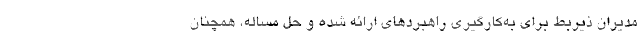
مدیران ذیربط برای به‌کارگیری راهبردهای ارائه شده و حل مساله، همچنان